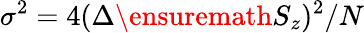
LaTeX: \sigma^{2}=4(\Delta\ensuremath{S_{z}})^{2}/N